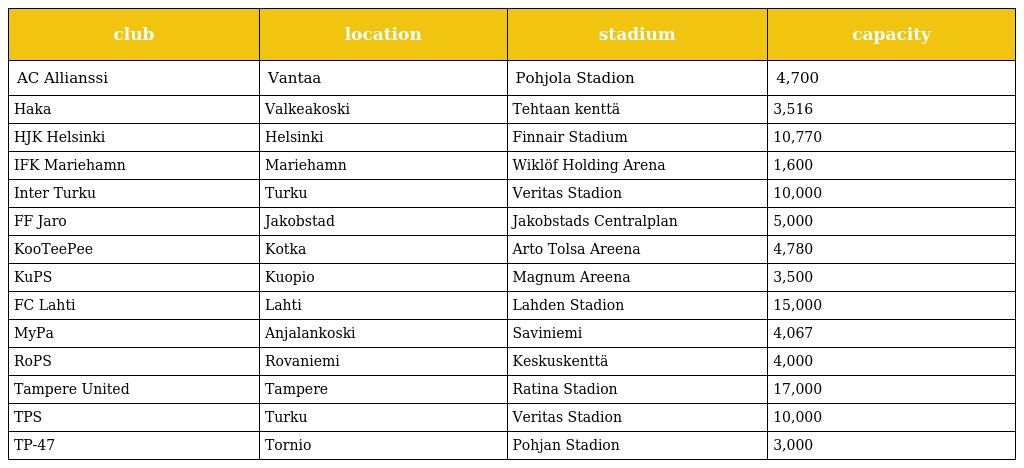
| club | location | stadium | capacity |
 | --- | --- | --- | --- |
 | AC Allianssi | Vantaa | Pohjola Stadion | 4,700 |
 | Haka | Valkeakoski | Tehtaan kenttä | 3,516 |
 | HJK Helsinki | Helsinki | Finnair Stadium | 10,770 |
 | IFK Mariehamn | Mariehamn | Wiklöf Holding Arena | 1,600 |
 | Inter Turku | Turku | Veritas Stadion | 10,000 |
 | FF Jaro | Jakobstad | Jakobstads Centralplan | 5,000 |
 | KooTeePee | Kotka | Arto Tolsa Areena | 4,780 |
 | KuPS | Kuopio | Magnum Areena | 3,500 |
 | FC Lahti | Lahti | Lahden Stadion | 15,000 |
 | MyPa | Anjalankoski | Saviniemi | 4,067 |
 | RoPS | Rovaniemi | Keskuskenttä | 4,000 |
 | Tampere United | Tampere | Ratina Stadion | 17,000 |
 | TPS | Turku | Veritas Stadion | 10,000 |
 | TP-47 | Tornio | Pohjan Stadion | 3,000 |